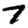
Digit: 7